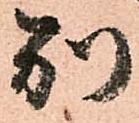
別